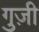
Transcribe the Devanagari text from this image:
गुज़ी